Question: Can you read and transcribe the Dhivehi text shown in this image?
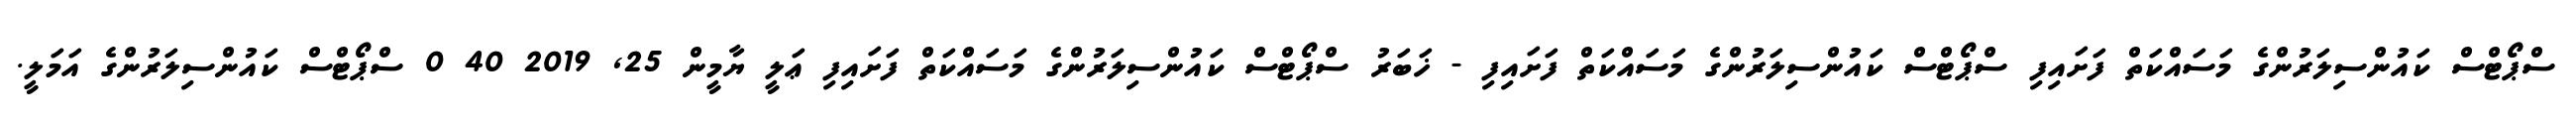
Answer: ސްޕޯޓްސް ކައުންސިލަރުންގެ މަސައްކަތް ފަށައިފި ސްޕޯޓްސް ކައުންސިލަރުންގެ މަސައްކަތް ފަށައިފި - ޚަބަރު ސްޕޯޓްސް ކައުންސިލަރުންގެ މަސައްކަތް ފަށައިފި ޢަލީ ޔާމީން 25, 2019 40 0 ސްޕޯޓްސް ކައުންސިލަރުންގެ އަމަލީ.